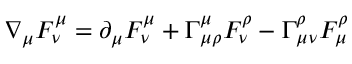
\nabla _ { \mu } F _ { \nu } ^ { \mu } = \partial _ { \mu } F _ { \nu } ^ { \mu } + \Gamma _ { \mu \rho } ^ { \mu } F _ { \nu } ^ { \rho } - \Gamma _ { \mu \nu } ^ { \rho } F _ { \mu } ^ { \rho }